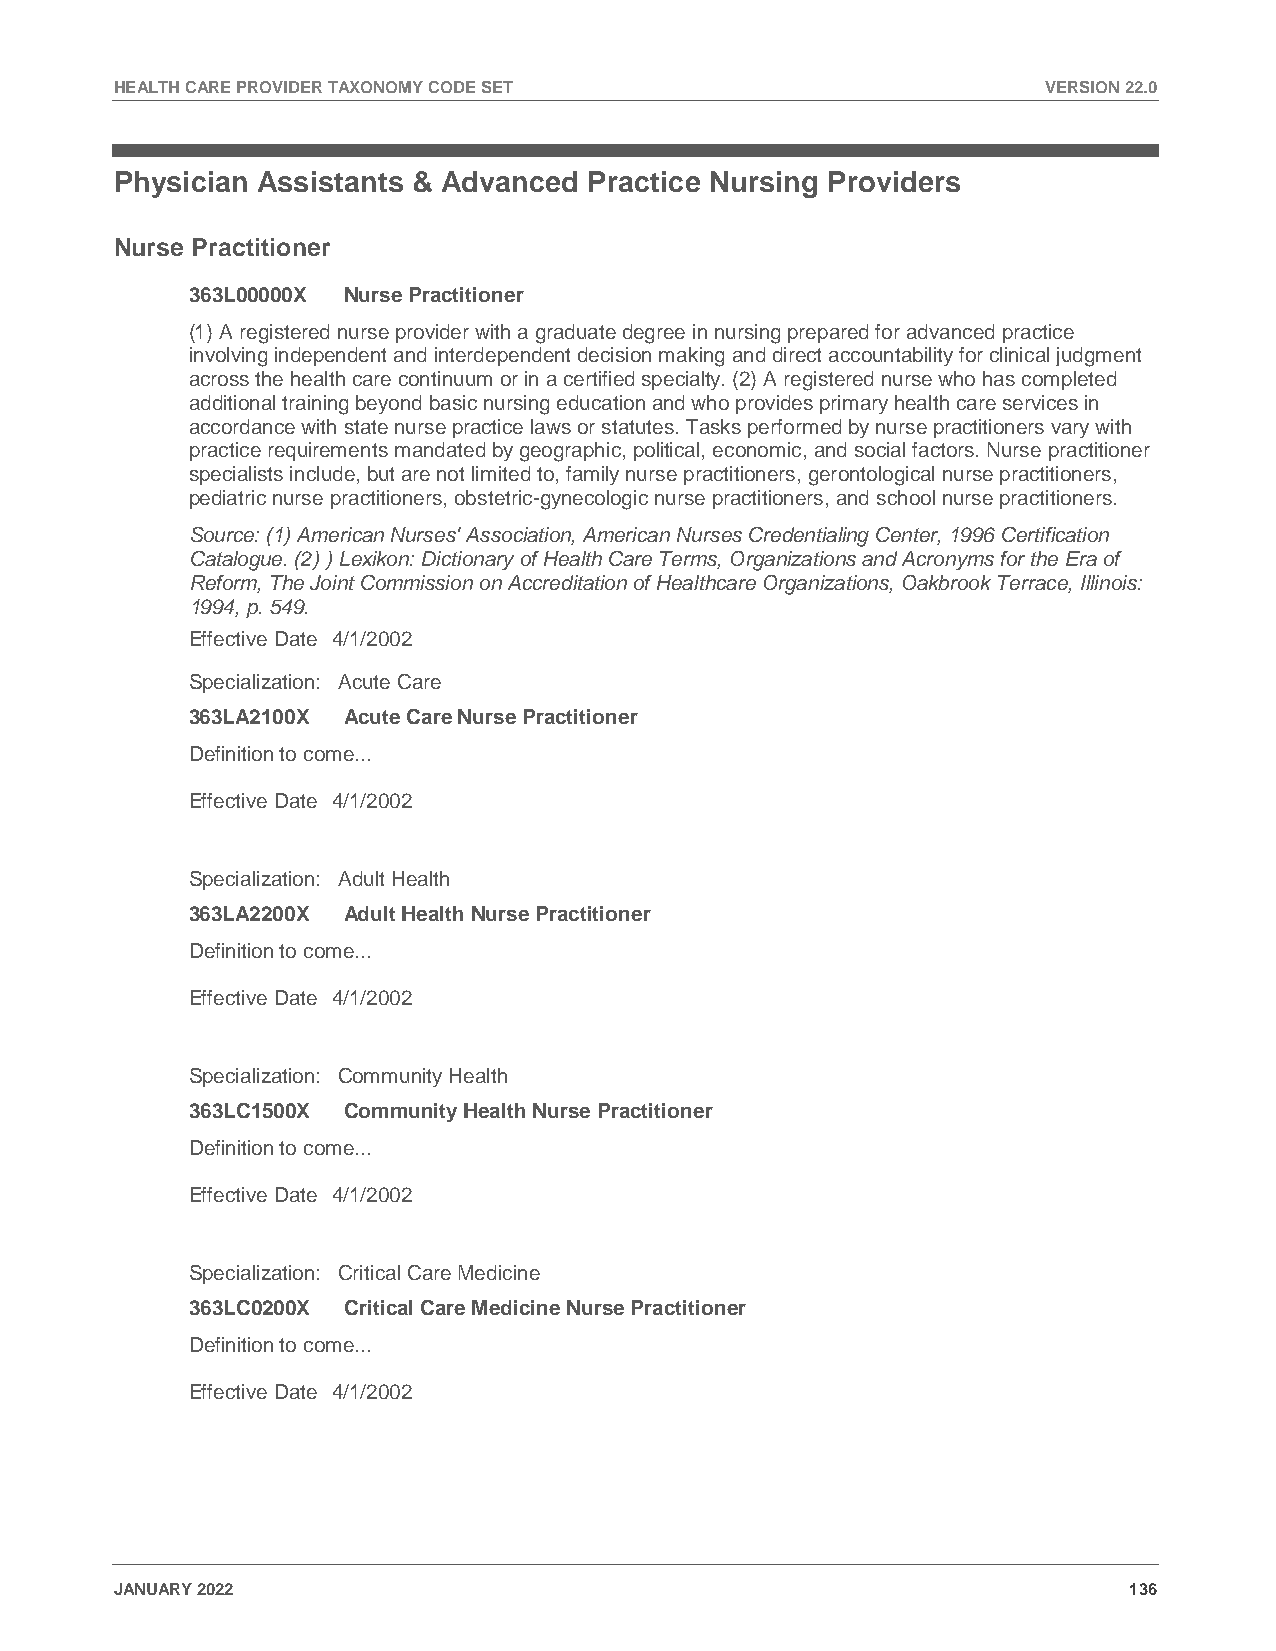
HEALTH CARE PROVIDER TAXONOMY CODE SET                       VERSION 22.0
 Physician Assistants & Advanced Practice Nursing Providers
 Nurse Practitioner
 363L00000X Nurse Practitioner
 (1) A registered nurse provider with a graduate degree in nursing prepared for advanced practice
 involving independent and interdependent decision making and direct accountability for clinical judgment
 across the health care continuum or in a certified specialty. (2) A registered nurse who has completed
 additional training beyond basic nursing education and who provides primary health care services in
 accordance with state nurse practice laws or statutes. Tasks performed by nurse practitioners vary with
 practice requirements mandated by geographic, political, economic, and social factors. Nurse practitioner
 specialists include, but are not limited to, family nurse practitioners, gerontological nurse practitioners,
 pediatric nurse practitioners, obstetric-gynecologic nurse practitioners, and school nurse practitioners.
 Source: (1) American Nurses' Association, American Nurses Credentialing Center, 1996 Certification
 Catalogue. (2) ) Lexikon: Dictionary of Health Care Terms, Organizations and Acronyms for the Era of
 Reform, The Joint Commission on Accreditation of Healthcare Organizations, Oakbrook Terrace, Illinois:
 1994, p. 549.
 Effective Date 4/1/2002
 Specialization: Acute Care
 363LA2100X Acute Care Nurse Practitioner
 Definition to come...
 Effective Date 4/1/2002
 Specialization: Adult Health
 363LA2200X Adult Health Nurse Practitioner
 Definition to come...
 Effective Date 4/1/2002
 Specialization: Community Health
 363LC1500X Community Health Nurse Practitioner
 Definition to come...
 Effective Date 4/1/2002
 Specialization: Critical Care Medicine
 363LC0200X Critical Care Medicine Nurse Practitioner
 Definition to come...
 Effective Date 4/1/2002
 JANUARY 2022                                                       136